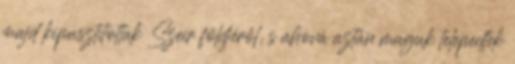
majd kipusztítottak Szeír földjéről, s ahová aztán maguk telepedtek